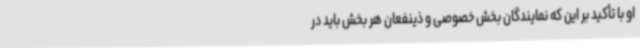
او با تأکید بر این که نمایندگان بخش خصوصی و ذینفعان هر بخش باید در